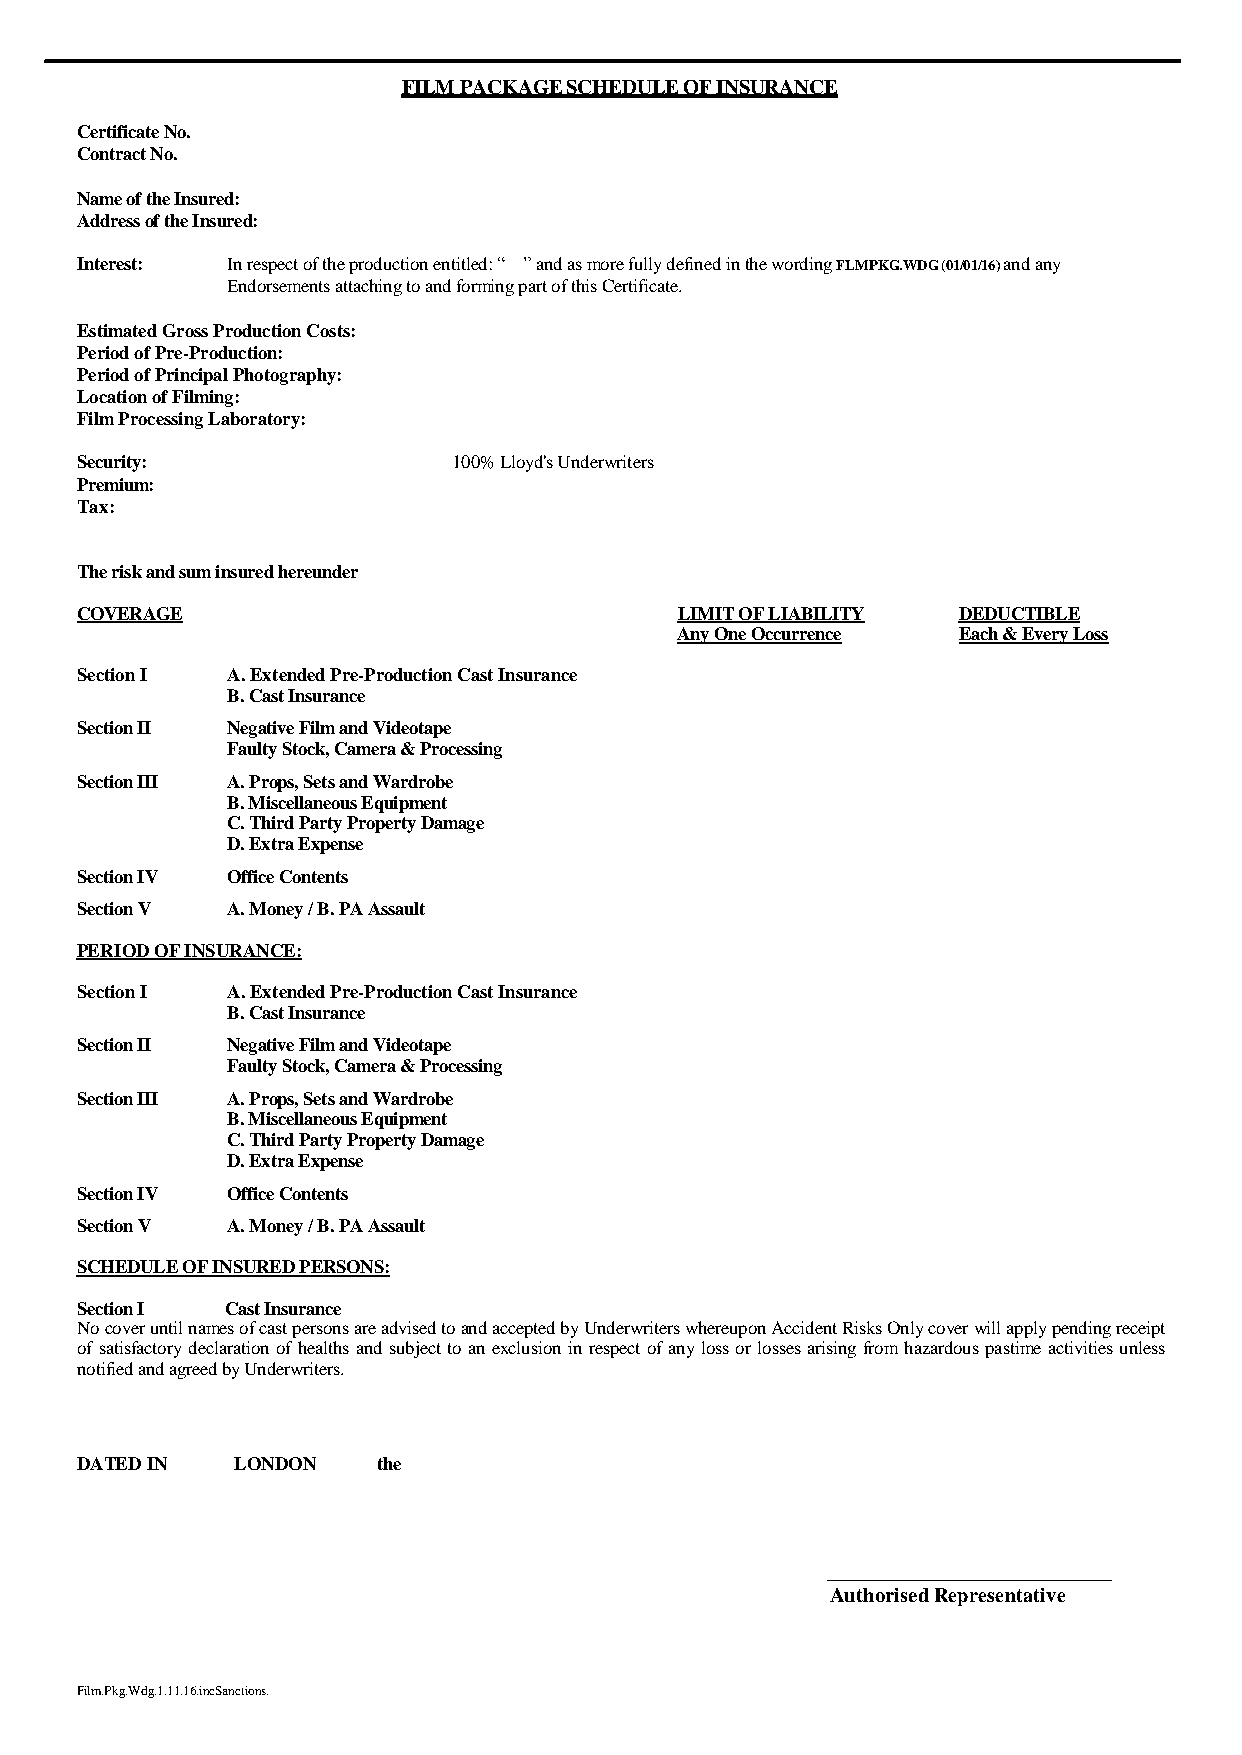
FILM PACKAGE SCHEDULE OF INSURANCE
 Certificate No.
 Contract No.
 Name of the Insured:
 Address of the Insured:
 Interest: In respect of the production entitled: “ ” and as more fully defined in the wording FLMPKG.WDG (01/01/16) and any
 Endorsements attaching to and forming part of this Certificate.
 Estimated Gross Production Costs:
 Period of Pre-Production:
 Period of Principal Photography:
 Location of Filming:
 Film Processing Laboratory:
 Security:                100% Lloyd's Underwriters
 Premium:
 Tax:
 The risk and sum insured hereunder
 COVERAGE                                LIMIT OF LIABILITY DEDUCTIBLE
 Any One Occurrence Each & Every Loss
 Section I A. Extended Pre-Production Cast Insurance
 B. Cast Insurance
 Section II Negative Film and Videotape
 Faulty Stock, Camera & Processing
 Section III A. Props, Sets and Wardrobe
 B. Miscellaneous Equipment
 C. Third Party Property Damage
 D. Extra Expense
 Section IV Office Contents
 Section V A. Money / B. PA Assault
 PERIOD OF INSURANCE:
 Section I A. Extended Pre-Production Cast Insurance
 B. Cast Insurance
 Section II Negative Film and Videotape
 Faulty Stock, Camera & Processing
 Section III A. Props, Sets and Wardrobe
 B. Miscellaneous Equipment
 C. Third Party Property Damage
 D. Extra Expense
 Section IV Office Contents
 Section V A. Money / B. PA Assault
 SCHEDULE OF INSURED PERSONS:
 Section I Cast Insurance
 No cover until names of cast persons are advised to and accepted by Underwriters whereupon Accident Risks Only cover will apply pending receipt
 of satisfactory declaration of healths and subject to an exclusion in respect of any loss or losses arising from hazardous pastime activities unless
 notified and agreed by Underwriters.
 DATED IN   LONDON   the
 Authorised Representative
 Film.Pkg.Wdg.1.11.16.incSanctions.
 (01/1101/16)